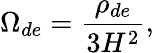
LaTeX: \Omega_{de}=\frac{\rho_{de}}{3H^{2}},